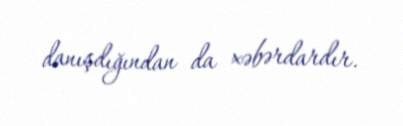
danışdığından da xəbərdardır.